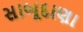
સાબૂદાણા